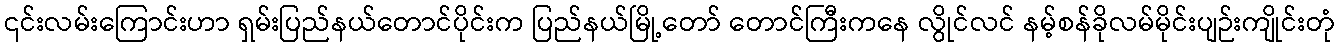
၎င်းလမ်းကြောင်းဟာ ရှမ်းပြည်နယ်တောင်ပိုင်းက ပြည်နယ်မြို့တော် တောင်ကြီးကနေ လွိုင်လင် နမ့်စန်ခိုလမ်မိုင်းပျဉ်းကျိုင်းတုံ